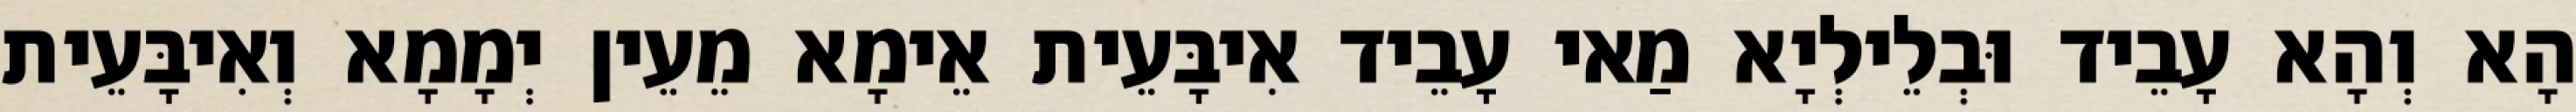
הָא וְהָא עָבֵיד וּבְלֵילְיָא מַאי עָבֵיד אִיבָּעֵית אֵימָא מֵעֵין יְמָמָא וְאִיבָּעֵית